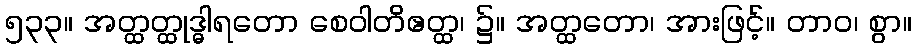
၅၃၃။ အတ္ထတ္ထုဒ္ဓါရတော စေဝါတိဧတ္ထ၊ ၌။ အတ္ထတော၊ အားဖြင့်။ တာဝ၊ စွာ။